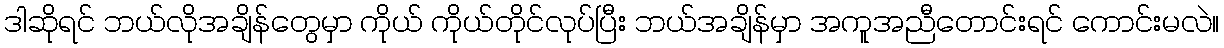
ဒါဆိုရင် ဘယ်လိုအချိန်တွေမှာ ကိုယ် ကိုယ်တိုင်လုပ်ပြီး ဘယ်အချိန်မှာ အကူအညီတောင်းရင် ကောင်းမလဲ။